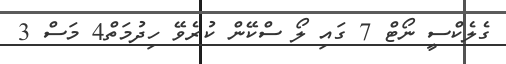
ގެލެކްސީ ނޯޓް 7 ގައި ލޯ ސްކޭން ކުރެވޭ ހިދުމަތް4 މަސް 3